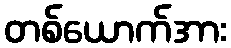
တစ်ယောက်အား